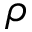
\rho